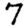
Digit: 7